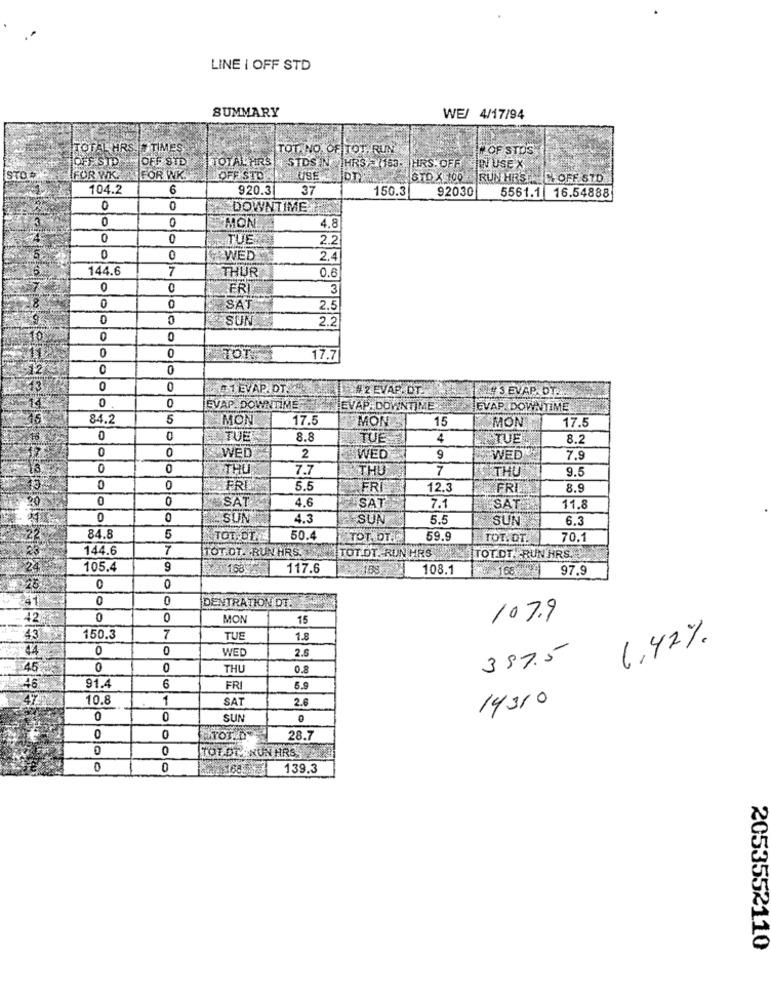
LINE I OFF STD
SUMMARY
WE/ 4/17/94
TOTAL HRS.
TIMES
TOT NO. OF TOT, RUN
# OF STOS
DER STO
OFF STD
TOTAL HRS
STDS IN |HRS (163- HRS. OFF JIN USE X
STO #
IFOR WK.
FOR WK.
OFF STD
USE
IDT
STD X 100 _ RUN HES C. OFF STD
104.2
6
920.3
37
150.3
92030
5561.1 16.54888
0
DOWNTIME
0
0
MON
4.8
0
0
TUE
2.2
0
WED
2.4
144.6
7
THUR
0.6
ER
3
0
0
SAT
2.5
0
SUN
2.2
0
0
0
0
TOT
17.7
0
0
0
# 1 EVAP DT.
# 2 EVAP DT.
4'S EVAP. DIZ
0
0
EVAP. DOWNTIME
EVAP DOWNTIME
EVAP DOWN TIME
84.2
5
MON
17.5
MON-
15
MON
17.5
0
TUE
8.8
TUE
4
TUE
8.2
0
WED
2
WED
WED
7.9
0
0
THU
7.7
THU
7
THU
9.5
0
FRI
5.5
FRI
12.5
FRI
8.9
0
0
SAT
4,6
SAT
7.1
SAT
11.8
0
0
SUN
4.3
SUN
5.5
SUN
6.3
84.8
TOT.OT ..
50.4
TOT. DT.W.
59.9
TOT.OT.
70.1
144.6
7
TOT.DT. RUN HRS.
TOT.DT. RUN HRS
TOT.DT. RUN HRS.
105.4
9
1158
117.6
108.1
97.9
25
0
0
0
0
DENTRATION DT.
42
0
0
MON
15
107.9
43
150.3
7
TUE
1.8
1,42%
44
0
0
WED
2.5
387.5
45
0
0
THU
0.8
46
6
91.4
FRI
5.9
47
10.8
1
SAT
2.6
14310
0
0
SUN
0
0
0
ATOT.D
28.7
TOT.DT NUN HRS
0
0
139.3
2053552110